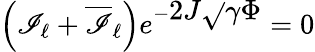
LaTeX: \left(\mathscr{I}_{\ell}+\overline{{{\mathscr{I}}}}_{\ell}\right)e^{-\displaystyle2J\sqrt{}{{\gamma}}\Phi}=0